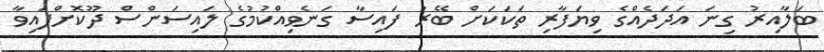
ބަލާއިރު ގިނަ އަދަދެއްގެ ވިޔަފާރި ތަކަކަށް ބޭރު ފައިސާ ގަނެވިއްކުމުގެ ލައިސަންސް ދޫކޮށްފައިވާ